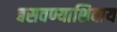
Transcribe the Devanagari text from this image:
बसवण्याशिवाय